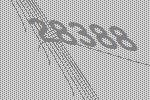
28388